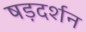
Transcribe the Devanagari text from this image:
षड़दर्शन